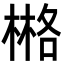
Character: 𣗛